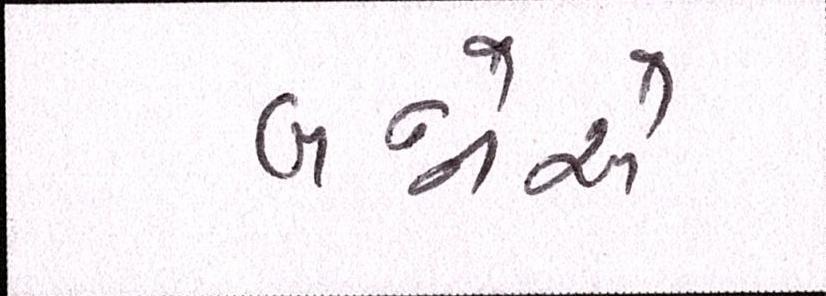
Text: બન્નેએ